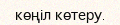
көңіл көтеру.